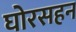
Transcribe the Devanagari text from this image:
घोरसहन